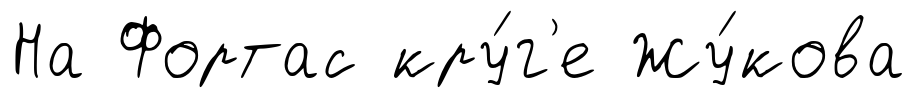
На Фортас кру́г'е Жу́кова